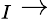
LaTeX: _I\rightarrow